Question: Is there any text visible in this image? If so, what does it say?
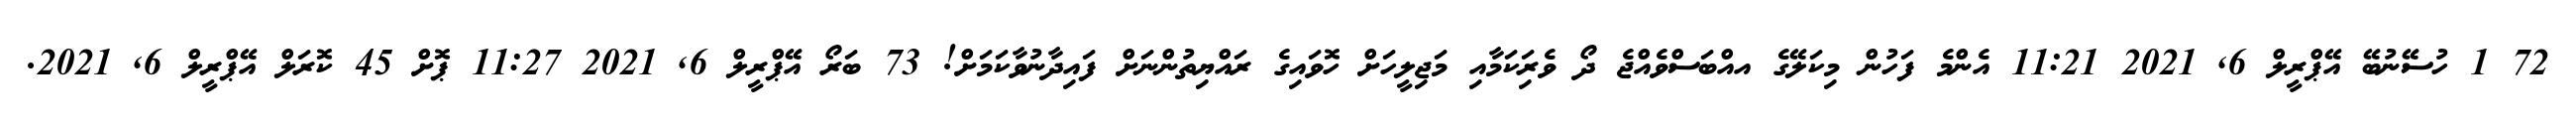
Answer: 72 1 ހުސޭނުބޭ އޭޕްރީލް 6, 2021 11:21 އެންމެ ފަހުން މިކަލޭގެ އއްބަސްވެއްޖެ ދޯ ވެރިަކަމާއި މަޖިލީހަށް ހޮވައިގެ ރައްޔިތުންނަށް ފައިދާނުވާކަމަށް! 73 ބަރޯ އޭޕްރީލް 6, 2021 11:27 ޕޮށް 45 ކޮރަލް އޭޕްރީލް 6, 2021.